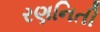
રણનિતી